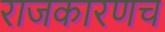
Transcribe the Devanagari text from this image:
राजकारणच